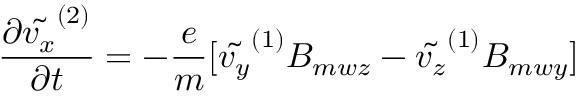
\frac { \partial \tilde { v _ { x } } ^ { ( 2 ) } } { \partial t } = - \frac { e } { m } [ \tilde { v _ { y } } ^ { ( 1 ) } B _ { m w z } - \tilde { v _ { z } } ^ { ( 1 ) } B _ { m w y } ]